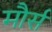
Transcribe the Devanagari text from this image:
मौर्स